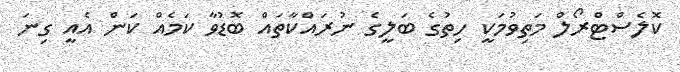
ކޮލެސްޓްރޯލް މަތިވުމަކީ ހިތުގެ ބަލީގެ ނުރައްކާތައް ބޮޑުވާ ކަމެއް ކަން އެއީ ގިނަ